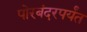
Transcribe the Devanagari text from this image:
पोरबंदरपर्यंत